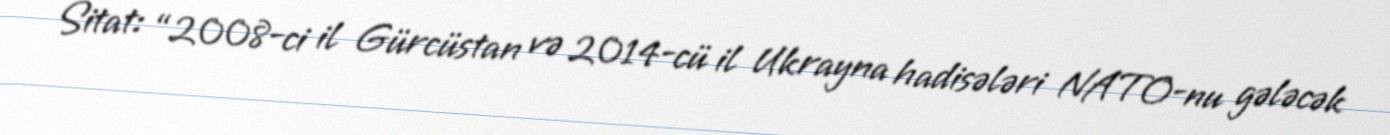
Sitat: “2008-ci il Gürcüstan və 2014-cü il Ukrayna hadisələri NATO-nu gələcək